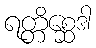
ရတ္တိစ္ဆေဒါ